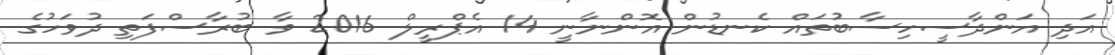
އަދި އަންދާސީހިސާބުތައް ކެނޑުން އޮންނާނީ 14 އެޕްރީލް 2016 ވާ ބުރާސްފަތި ދުވަހުގެ